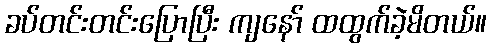
ခပ်တင်းတင်းပြောပြီး ကျနော် ထထွက်ခဲ့မိတယ်။